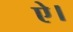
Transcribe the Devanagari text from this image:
ऐ।